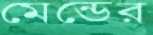
মেন্ডের